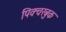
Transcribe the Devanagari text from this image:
पिक्चरबुक